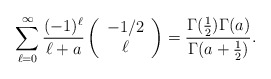
\begin{align*}\sum_{\ell=0}^{\infty} {(-1)^{\ell} \over \ell+a} \left( \begin{array}{c} -1/2 \\ \ell\end{array}\right)= {\Gamma({1\over 2})\Gamma (a)\over \Gamma(a+{1 \over 2})}.\end{align*}